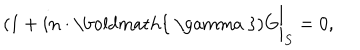
LaTeX: ( 1 + i { \bf n } \cdot \mathrm { \boldmath { ~ \ g a m m a ~ } } ) G \bigg | _ { S } = 0 ,